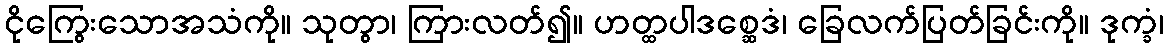
ငိုကြွေးသောအသံကို။ သုတွာ၊ ကြားလတ်၍။ ဟတ္ထပါဒစ္ဆေဒံ၊ ခြေလက်ပြတ်ခြင်းကို။ ဒုက္ခံ၊